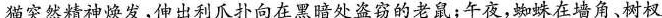
猫突然精神焕发，伸出利爪扑向在黑暗处盗窃的老鼠；午夜，蜘蛛在墙角、树杈